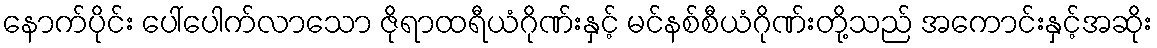
နောက်ပိုင်း ပေါ်ပေါက်လာသော ဇိုရာထရီယံဂိုဏ်းနှင့် မင်နစ်စီယံဂိုဏ်းတို့သည် အကောင်းနှင့်အဆိုး